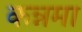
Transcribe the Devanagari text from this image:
कन्नमा